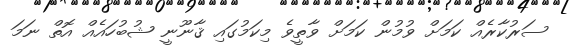
ސަރުކާރެއް ކަމަށް ވުމުން ކަމަށް ވާތީވެ މިކަމުގައި ޤާނޫނީ ޝުބުހައެއް އޮތް ނަމަ